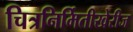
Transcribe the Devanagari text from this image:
चित्रनिर्मितीखेरीज